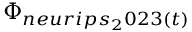
\Phi _ { n e u r i p s _ { 2 } 0 2 3 ( t ) }